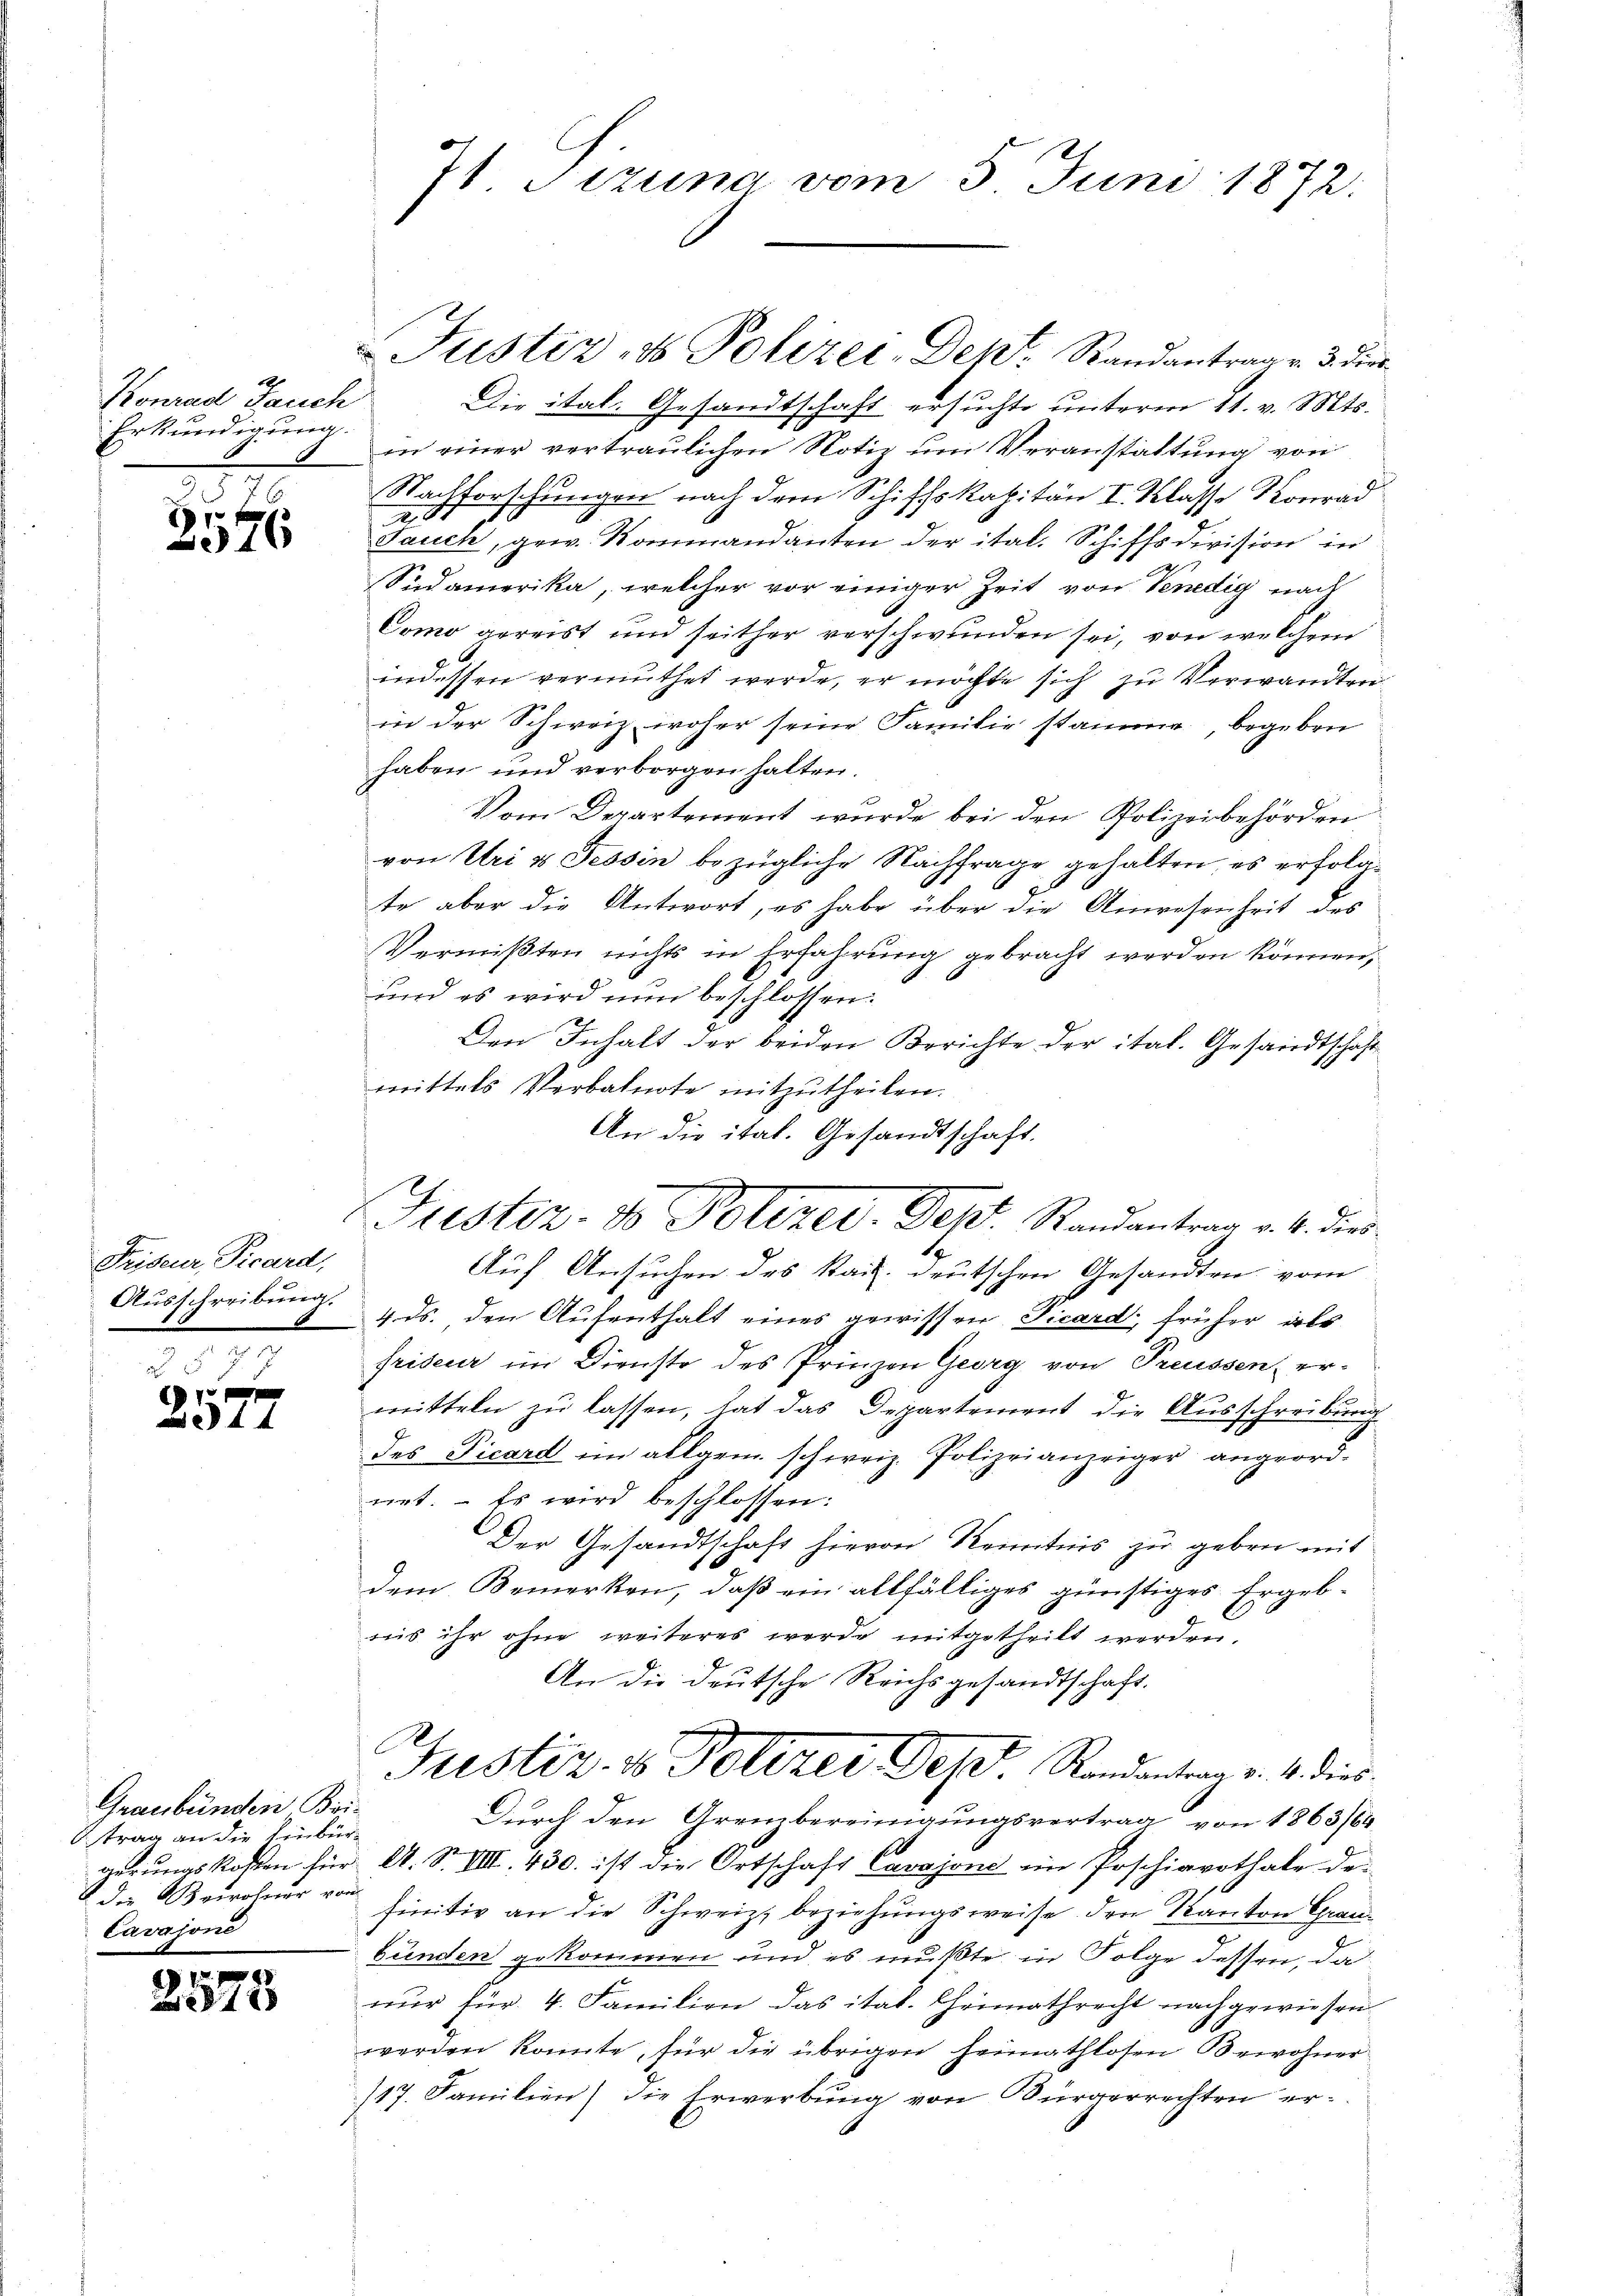
Konrad Jauch
Erkundigung.

310
.
e
376

Priseur, Vicard,
Ausschreibung.
z

0 f 0 x
44

Graubünden Bri¬
B. trag an die Einbür-
die Bevoluer von
Cavasone

d
5
373

71 Sizung vom 5. Juni 1872.

Justiz- & Polizei-Dent. Randantrag v. 3. dies
Die ital. Gesandtschaft ersuchte unterm 11. v. Mts.
in einer vertraulichen Notiz um Veranstattung von
Nachforschungen nach dem Schiffskapitän I. Klasse Konrad
A.
Jauch, gew. Kommandanten der ital. Schiffsdivision in
A
Südamerika, welcher vor einiger Zeit von Venedig nach
Como gereist und seither verschwunden sei, von welchem
indessen vermuthet werde, er möchte sich zu Verwandten
in der Schweiz woher seine Familie stamme, begeben
haben und verborgen halten.
Vom Departement wurde bei den Polizeibehörden
von Uri u Tessin bezügliche Nachfrage gehalten, es erfolge
te aber die Antwort, es habe über die Anwesenheit des
Vermißten nichts in Erfahrung gebracht werden können,
und es wird nun beschlossen:
Den Inhalt der beiden Berichte der ital. Gesandtschaft
mittels Verbalnote mitzutheilen.
An die ital. Gesandtschaft.
Auf Ansuchen des Kais. deutschen Gesandten vom
4 ds. den Aufenthalt eines gewissen Picard, früher als
friseur im Dienste des Prinzen Georg von Preussen, er-
mitteln zu lassen, hat das Departement die Ausschreibung
des Picard im allgem. schweiz. Polizeianzeiger angeordnet. Es wird beschlossen:
Der Gesandtschaft hievon Kenntnis zu geben mit
dem Bemerken, daß ein allfälliges günstiges Ergeb-
uis ihr ohne weiteres werde mitgetheilt werden.
An die deutsche Reichsgesandtschaft.
Justiz- & Polizei Jes. Randanten v. 4. dies
Durch den Arenzbereinigungsvertrag von 1863/64
gerungskosten für A. S. VIII. 430. ist die Ortschaft Cavajone im Poschiavothale de-
finitiv an die Schweiz, beziehungsweise den Kanton Graubünden gekommen und es mußte in Folge dessen, da
nur für 4. Familien das itat. Chrimathrecht nachgewiesen
werden konnte, für die übrigen Heimathlosen Bewohner
117. Familien) die Erwerbung von Bürgerrechten er¬

Justiz- & Polizer-Ges. Randantrag v. 4. dies